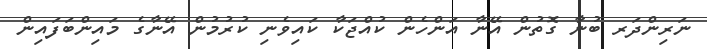
ނަރިންދަރ ބުނާ ގޮތުން އޭނާ އަންހެން ކުއްޖަކާ ކައިވެނި ކުރުމުން އޭނާގެ މައިންބަފައިން